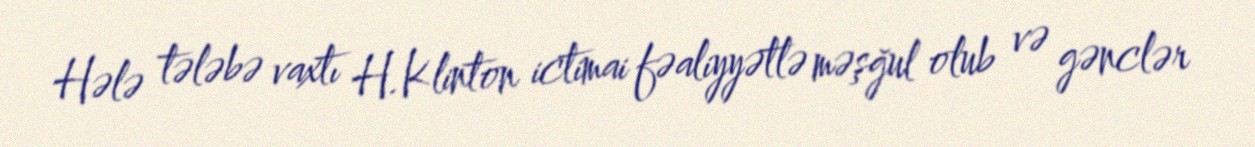
Hələ tələbə vaxtı H.Klinton ictimai fəaliyyətlə məşğul olub və gənclər